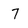
Character: 7